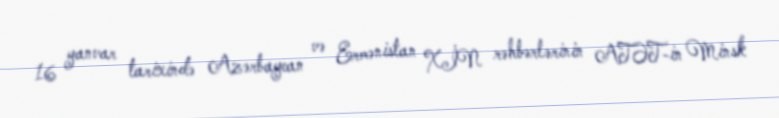
16 yanvar tarixində Azərbaycan və Ermənistan XİN rəhbərlərinin ATƏT-in Minsk